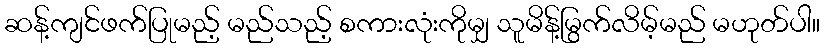
ဆန့်ကျင်ဖက်ပြုမည့် မည်သည့် စကားလုံးကိုမျှ သူမိန့်မြွက်လိမ့်မည် မဟုတ်ပါ။